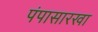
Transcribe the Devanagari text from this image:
पंपासारखा